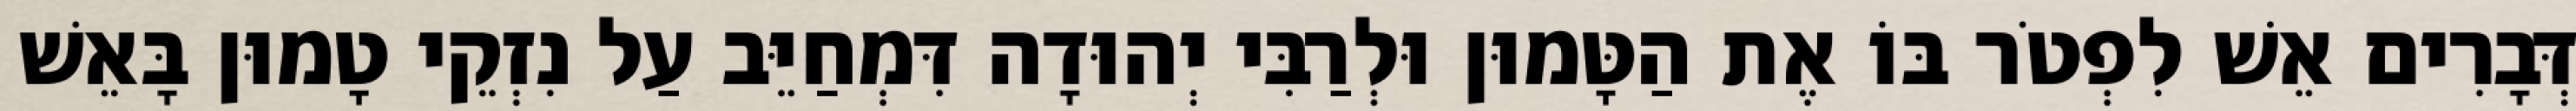
דְּבָרִים אֵשׁ לִפְטֹר בּוֹ אֶת הַטָּמוּן וּלְרַבִּי יְהוּדָה דִּמְחַיֵּב עַל נִזְקֵי טָמוּן בָּאֵשׁ